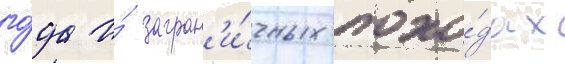
го́да и́ загран'и́чных похо́дах